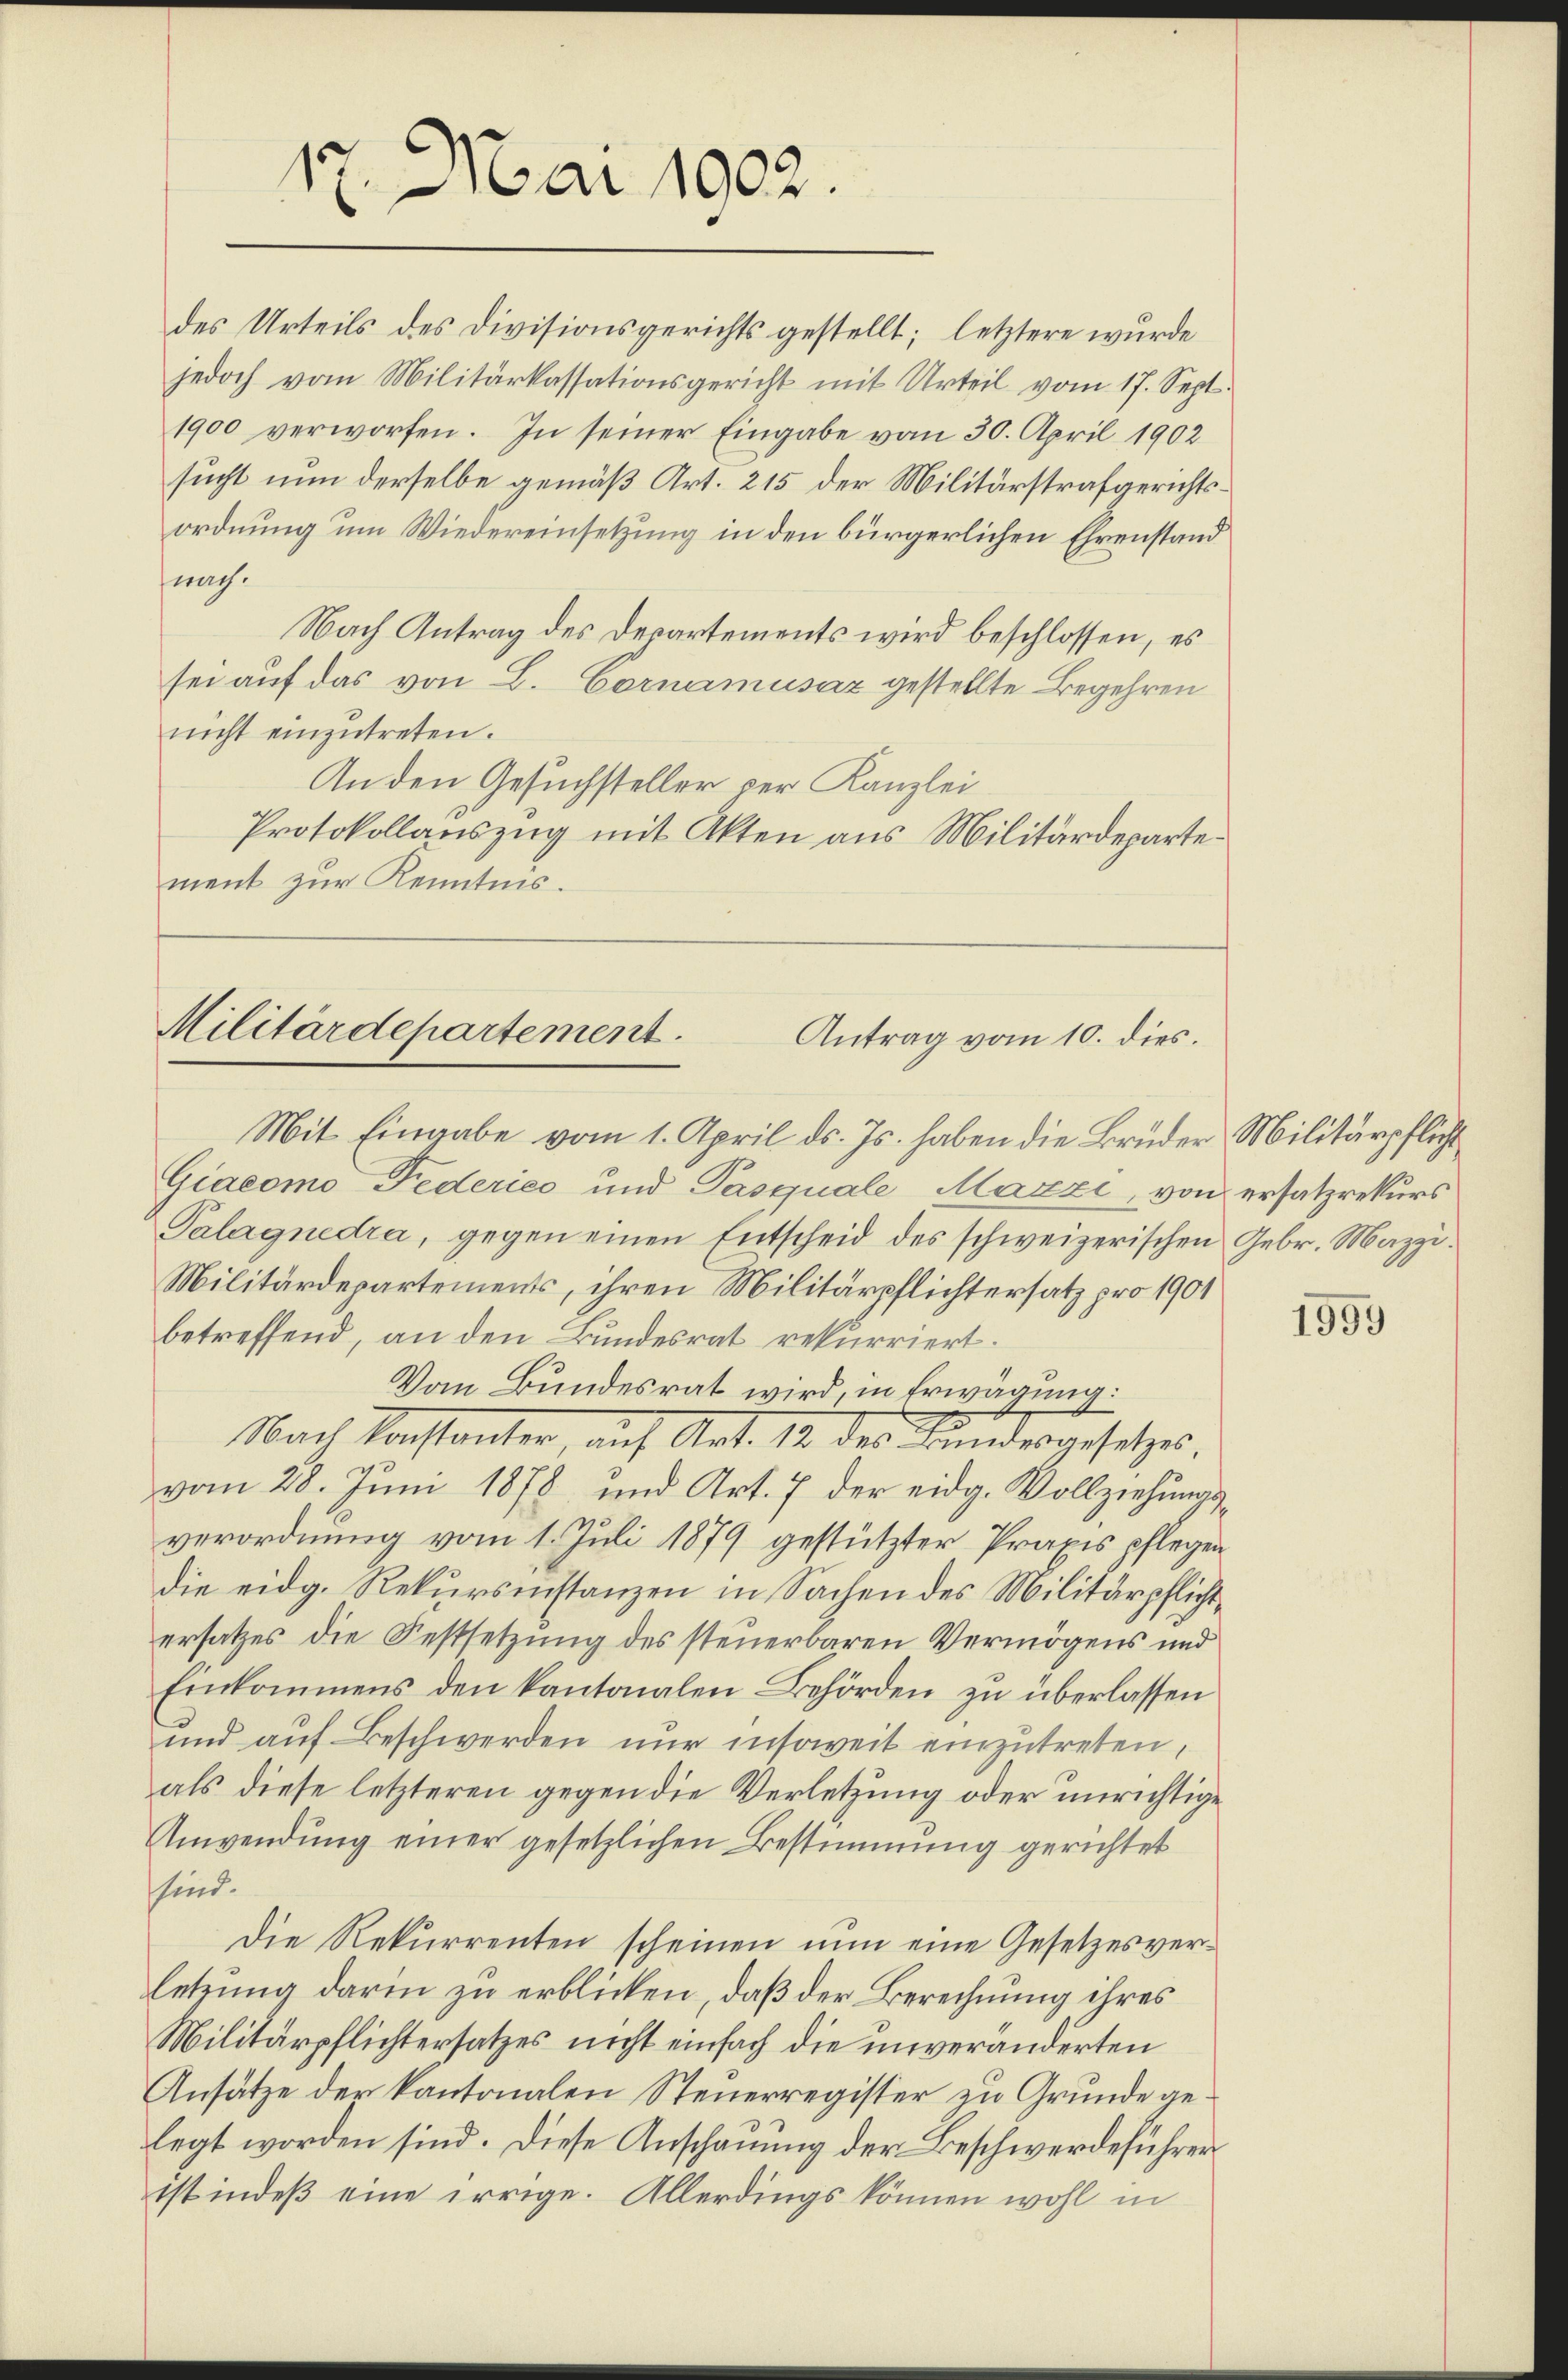
17. Mai 1902.

des Urteils des Divisionsgerichts gestellt; letztere wurde
jedoch vom Militärkassationsgericht mit Urteil vom 17. Sept.
1900 verworfen. In seiner Eingabe vom 30. April 1902
sucht nun derselbe gemäß Art. 215 der Militärstrafgerichtsordnung um Wiedereinsetzung in den bürgerlichen Ehrenstand
nach.
Nach Antrag des Departements wird beschlossen, es
sei auf das von L. Cornamusaz gestellte Begehren
nicht einzŭtreten.
An den Gesuchsteller per Kanzlei
Protokollauszug mit Akten aus Militärdepartement zur Kenntnis.

Militärdepartement.
Antrag vom 10. dies.

Mit Eingabe vom 1. April ds. Js. haben die Brüder Militärpflicht
Giacomo Federies und Pasquale Maxzi, von ersatzrekurs
Palagnedra, gegen einen Entscheid des schweizerischen Gebr. Mazzi.
Militärdepartements, ihren Militärpflichtersatz pro 1901
betreffend, an den Bundesrat rekurriert.
Vom Bundesrat wird, in Erwägung:
Nach Konstanter, auf Art. 12 des Kindesgesetzes.
vom 28. Juni 1878 und Art. 7 der eidg. Vollziehungsverordnung vom 1. Juli 1879 gestützter Praxis pflegen
die eidg. Rekursinstanzen in Sachen des Militärpflichtersatzes die Festsetzung des steuerbaren Vermögens und
Einkommens den kantonalen Behörden zŭ überlassen
und auf Beschwerden nur insoweit einzutreten,
als diese letzteren gegen die Verletzung oder unrichtige
Anwendung einer gesetzlichen Bestimmung gerichtet
sind.
Die Rekurrenten scheinen nun eine Gesetzesverletzung darin zu erblicken, daß der Berechnung ihres
Militärpflichtersatzes nicht einfach die unveränderten
Ansätze der kantonalen Steuerregister zu Grunde gelegt worden sind. Diese Anschauung der Beschwerdeführer
ist indeß eine irrige. Allerdings können wohl in

1999